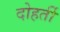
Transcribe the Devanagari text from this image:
दोहर्ती